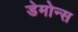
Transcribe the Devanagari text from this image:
डेमोन्स